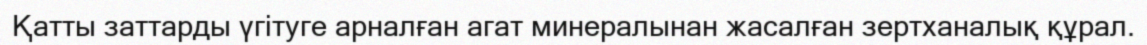
Қатты заттарды үгітуге арналған агат минералынан жасалған зертханалық құрал.